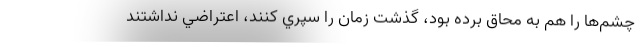
چشم‌ها را هم به محاق برده بود، گذشت زمان را سپري كنند، اعتراضي نداشتند